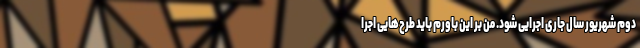
دوم شهریور سال جاری اجرایی شود. من بر این باورم باید طرح‌هایی اجرا